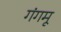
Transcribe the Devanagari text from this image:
गंगमू